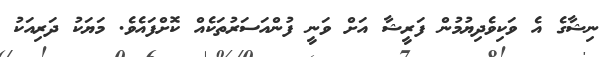
ނިޝާގެ އެ ވަކިވެދިޔުމުން ފަރީޝާ އަށް ވަނީ ފުންއަސަރުތަކެއް ކޮށްފައެވެ. މަޔަކު ދަރިއަކު